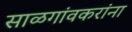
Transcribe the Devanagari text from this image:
साळगांवकरांना